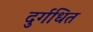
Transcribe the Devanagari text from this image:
दुर्गधित